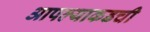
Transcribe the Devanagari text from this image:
आपल्याकडची